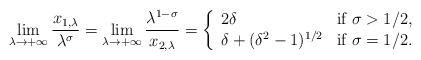
LaTeX: \begin{align*}\lim_{\lambda\to +\infty}\frac{x_{1,\lambda}}{\lambda^{\sigma}}=\lim_{\lambda\to +\infty}\frac{\lambda^{1-\sigma}}{x_{2,\lambda}}=\left\{\begin{array}{ll}2\delta & \mbox{if $\sigma>1/2$,} \\\delta+(\delta^{2}-1)^{1/2} & \mbox{if $\sigma=1/2$.}\end{array}\right.\end{align*}